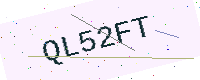
Text: QL52FT